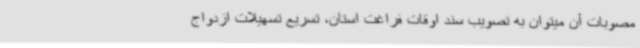
مصوبات آن میتوان به تصویب سند اوقات فراغت استان، تسریع تسهیلات ازدواج